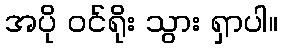
အပို ဝင်ရိုး သွား ရှာပါ။